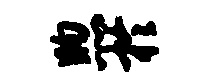
煦於